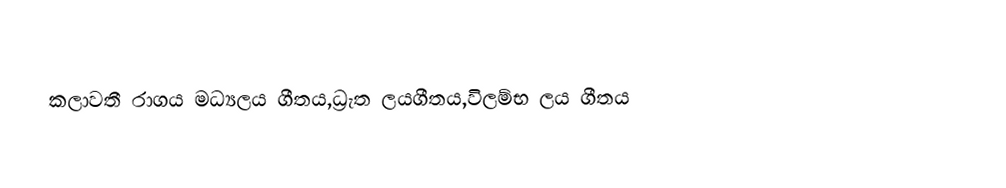
කලාවතී රාගය මධ්‍යලය ගීතය,ධ්‍රැත ලයගීතය,විලම්භ ලය ගීතය